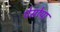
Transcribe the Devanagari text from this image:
पेसोया